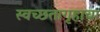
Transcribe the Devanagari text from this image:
स्वच्छतागृहाचा